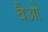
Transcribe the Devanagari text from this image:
बैओ